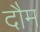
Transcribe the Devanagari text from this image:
दौम